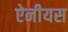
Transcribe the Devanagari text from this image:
ऐनीयस